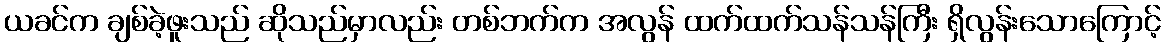
ယခင်က ချစ်ခဲ့ဖူးသည် ဆိုသည်မှာလည်း တစ်ဘက်က အလွန် ထက်ထက်သန်သန်ကြီး ရှိလွန်းသောကြောင့်